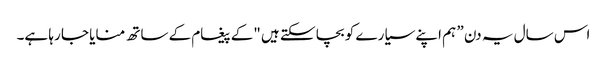
اس سال یہ دن ” ہم اپنے سیارے کو بچا سکتے ہیں "کے پیغام کے ساتھ منایا جا رہا ہے۔